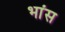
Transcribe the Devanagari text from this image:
भांस